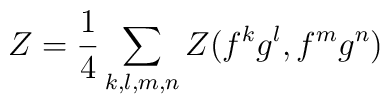
Z = {1\over 4} \sum_{k,l,m,n} Z(f^k g^l, f^m g^n)